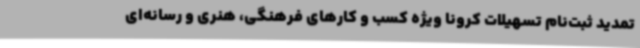
تمدید ثبت‌نام تسهیلات کرونا ویژه کسب و کارهای فرهنگی، هنری و رسانه‌ای